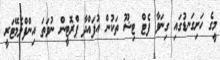
މީގެ ހަށިގަނޑުގައި ގިނަވާ ފެޓް ޓިޝޫ ތަކުން އުފައްދާ ޕްރޮޓީން ނުވަތަ އިންފްލެމޭޓަރީ